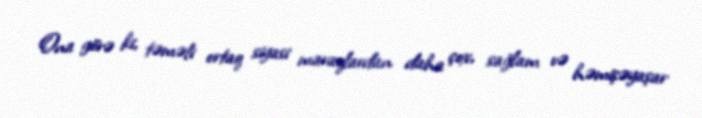
Ona görə ki, təməli ortaq siyasi maraqlardan daha çox, sağlam və həmişəyaşar